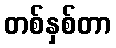
တစ်နှစ်တာ